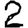
Digit: 2